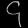
Digit: ၄